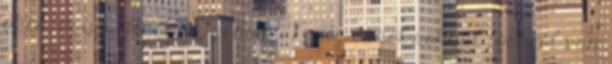
okos, ügyes, jóságos, gonosz. Pedig ennél sokkal többről van